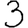
Digit: 3